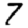
Digit: 7